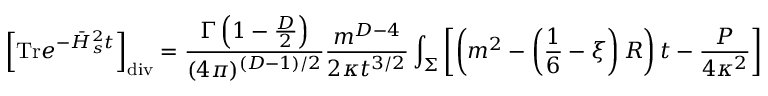
\left[ \mathrm { T r } e ^ { - \bar { H } _ { s } ^ { 2 } t } \right] _ { \mathrm { d i v } } = { \frac { \Gamma \left( 1 - \frac D 2 \right) } { ( 4 \pi ) ^ { ( D - 1 ) / 2 } } } { \frac { m ^ { D - 4 } } { 2 \kappa t ^ { 3 / 2 } } } \int _ { \Sigma } \left[ \left( m ^ { 2 } - \left( \frac 1 6 - \xi \right) R \right) t - { \frac { P } { 4 \kappa ^ { 2 } } } \right] ~ ~ ~ ,